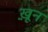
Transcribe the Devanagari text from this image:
ख़़ून